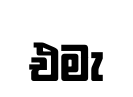
එමැ